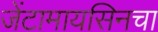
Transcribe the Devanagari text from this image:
जेंटामायसिनचा